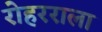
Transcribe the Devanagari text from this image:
रोहरराला